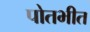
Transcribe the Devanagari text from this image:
पोतभीत